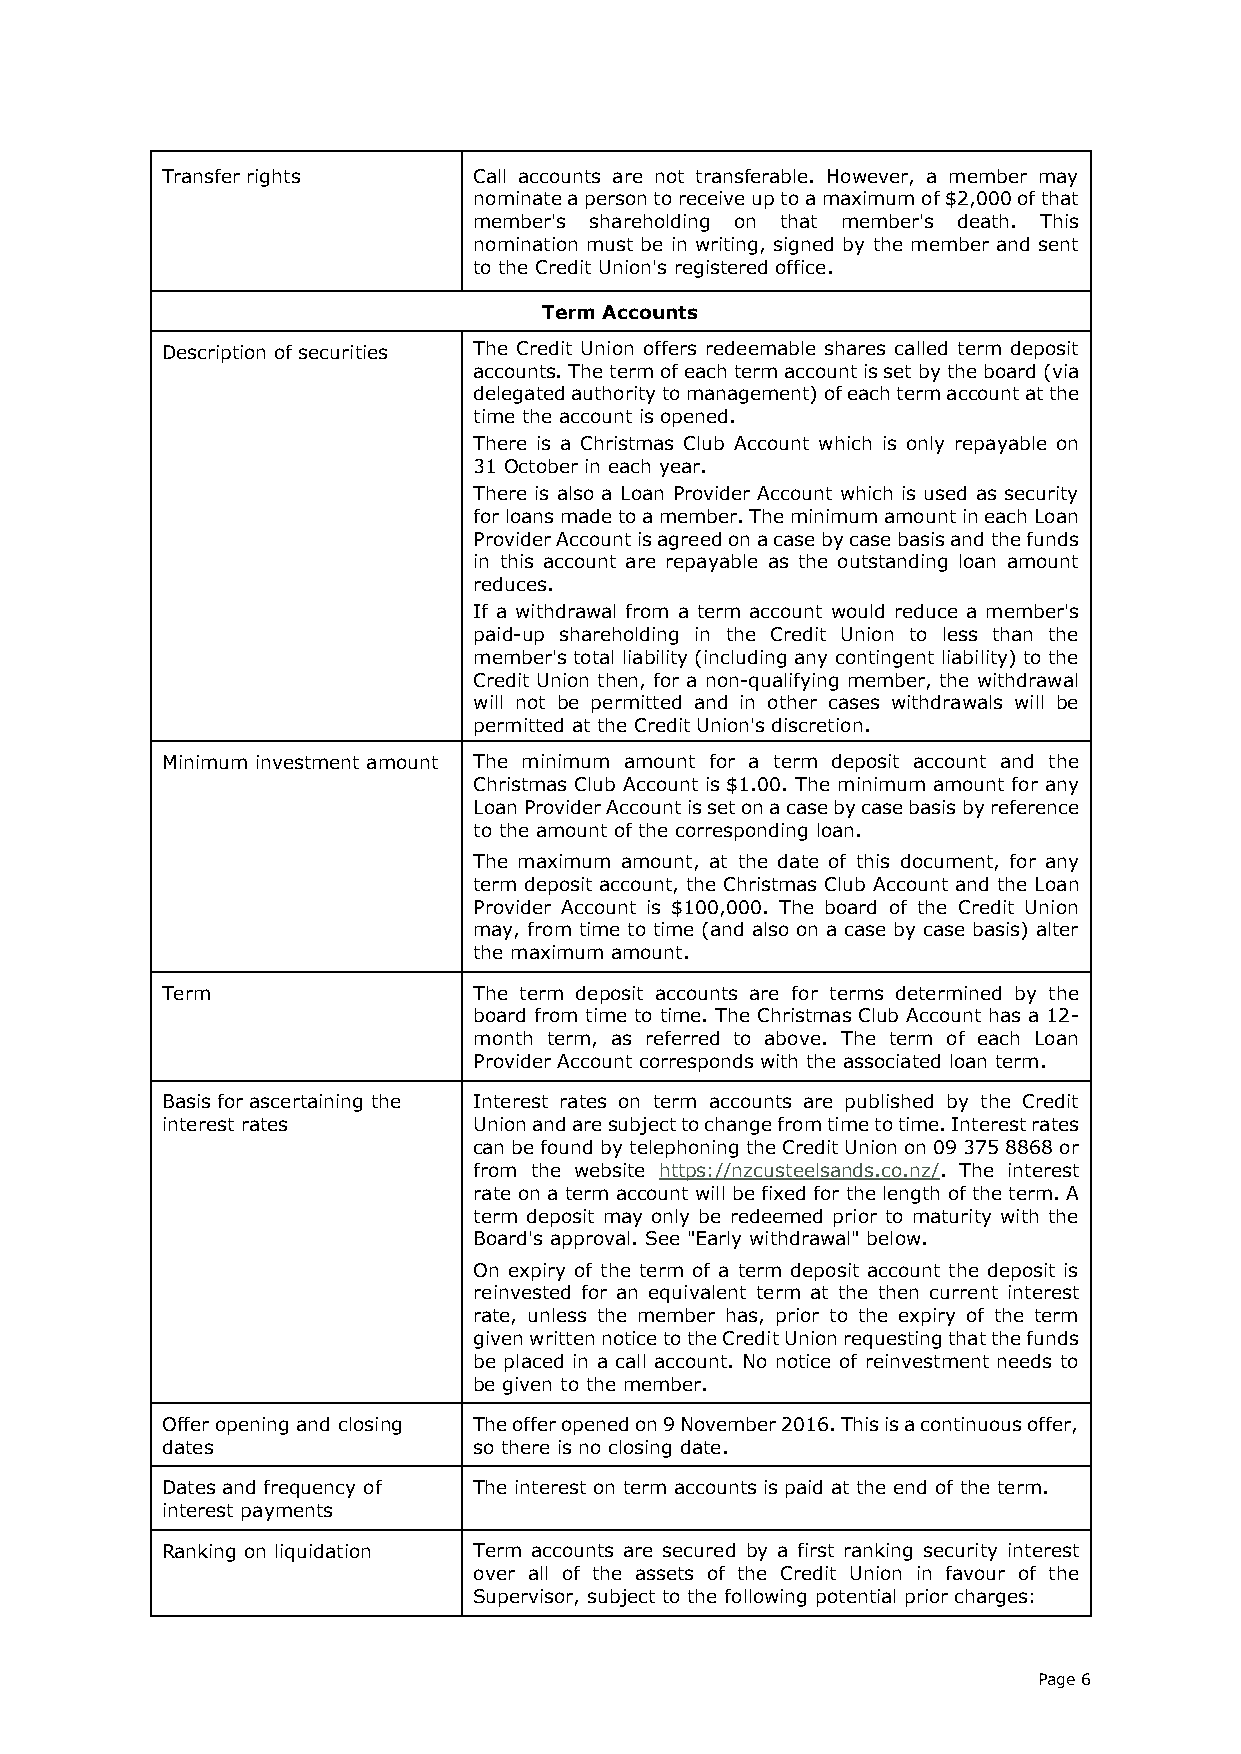
Transfer rights     Call accounts are not transferable. However, a member may
 nominate a person to receive up to a maximum of $2,000 of that
 member's shareholding on that member's death. This
 nomination must be in writing, signed by the member and sent
 to the Credit Union's registered office.
 Term Accounts
 Description of securities The Credit Union offers redeemable shares called term deposit
 accounts. The term of each term account is set by the board (via
 delegated authority to management) of each term account at the
 time the account is opened.
 There is a Christmas Club Account which is only repayable on
 31 October in each year.
 There is also a Loan Provider Account which is used as security
 for loans made to a member. The minimum amount in each Loan
 Provider Account is agreed on a case by case basis and the funds
 in this account are repayable as the outstanding loan amount
 reduces.
 If a withdrawal from a term account would reduce a member's
 paid-up shareholding in the Credit Union to less than the
 member's total liability (including any contingent liability) to the
 Credit Union then, for a non-qualifying member, the withdrawal
 will not be permitted and in other cases withdrawals will be
 permitted at the Credit Union's discretion.
 Minimum investment amount The minimum amount for a term deposit account and the
 Christmas Club Account is $1.00. The minimum amount for any
 Loan Provider Account is set on a case by case basis by reference
 to the amount of the corresponding loan.
 The maximum amount, at the date of this document, for any
 term deposit account, the Christmas Club Account and the Loan
 Provider Account is $100,000. The board of the Credit Union
 may, from time to time (and also on a case by case basis) alter
 the maximum amount.
 Term                The term deposit accounts are for terms determined by the
 board from time to time. The Christmas Club Account has a 12-
 month term, as referred to above. The term of each Loan
 Provider Account corresponds with the associated loan term.
 Basis for ascertaining the Interest rates on term accounts are published by the Credit
 interest rates      Union and are subject to change from time to time. Interest rates
 can be found by telephoning the Credit Union on 09 375 8868 or
 from the website https://nzcusteelsands.co.nz/. The interest
 rate on a term account will be fixed for the length of the term. A
 term deposit may only be redeemed prior to maturity with the
 Board's approval. See "Early withdrawal" below.
 On expiry of the term of a term deposit account the deposit is
 reinvested for an equivalent term at the then current interest
 rate, unless the member has, prior to the expiry of the term
 given written notice to the Credit Union requesting that the funds
 be placed in a call account. No notice of reinvestment needs to
 be given to the member.
 Offer opening and closing The offer opened on 9 November 2016. This is a continuous offer,
 dates               so there is no closing date.
 Dates and frequency of The interest on term accounts is paid at the end of the term.
 interest payments
 Ranking on liquidation Term accounts are secured by a first ranking security interest
 over all of the assets of the Credit Union in favour of the
 Supervisor, subject to the following potential prior charges:
 Page 6